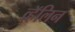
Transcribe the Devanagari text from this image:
व्हॅलिन